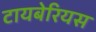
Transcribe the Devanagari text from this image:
टायबेरियस